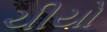
ચીયો